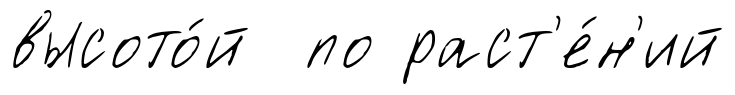
высото́й по раст'е́н'ий